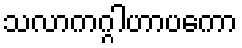
သလာကဂ္ဂါဟာပကော